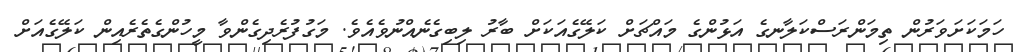
ހަމަކަށަވަރުން ތިމަންރަސްކަލާނގެ އަޅުންގެ މައްޗަށް ކަލޭގެއަކަށް ބާރު ލިބިގެނެއްނުވެއެވެ. މަގުފުރެދިގެންވާ މީހުންގެތެރެއިން ކަލޭގެއަށް